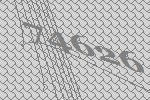
74626